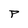
Character: P